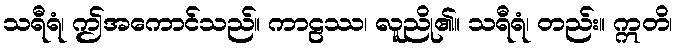
သရီရံ၊ ဤအကောင်သည်။ ကာဠဿ၊ လူညို၏။ သရီရံ၊ တည်း။ ဣတိ၊